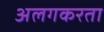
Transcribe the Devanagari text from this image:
अलगकरता